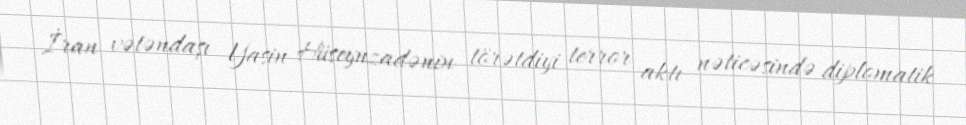
İran vətəndaşı Yasin Hüseynzadənin törətdiyi terror aktı nəticəsində diplomatik